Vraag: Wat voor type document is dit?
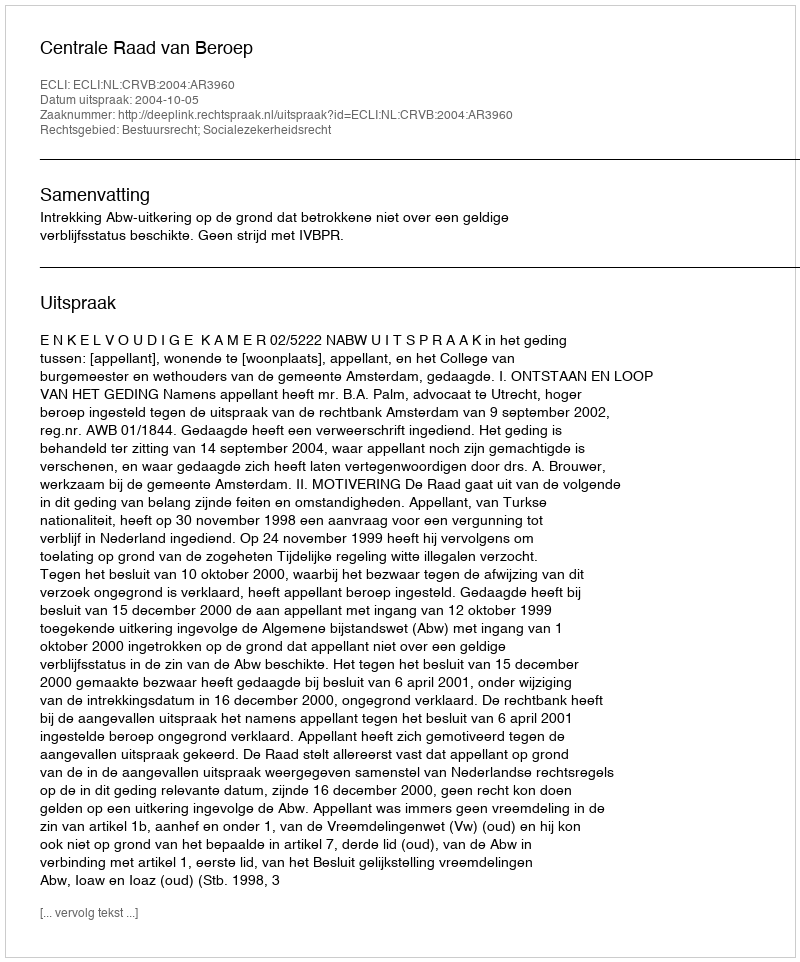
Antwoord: Uitspraak